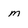
Character: m